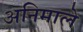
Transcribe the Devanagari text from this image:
अनिमाले